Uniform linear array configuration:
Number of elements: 64
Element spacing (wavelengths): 0.75
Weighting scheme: uniform
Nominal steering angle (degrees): -30
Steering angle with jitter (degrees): -31.805
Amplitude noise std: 0.05
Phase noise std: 0.05

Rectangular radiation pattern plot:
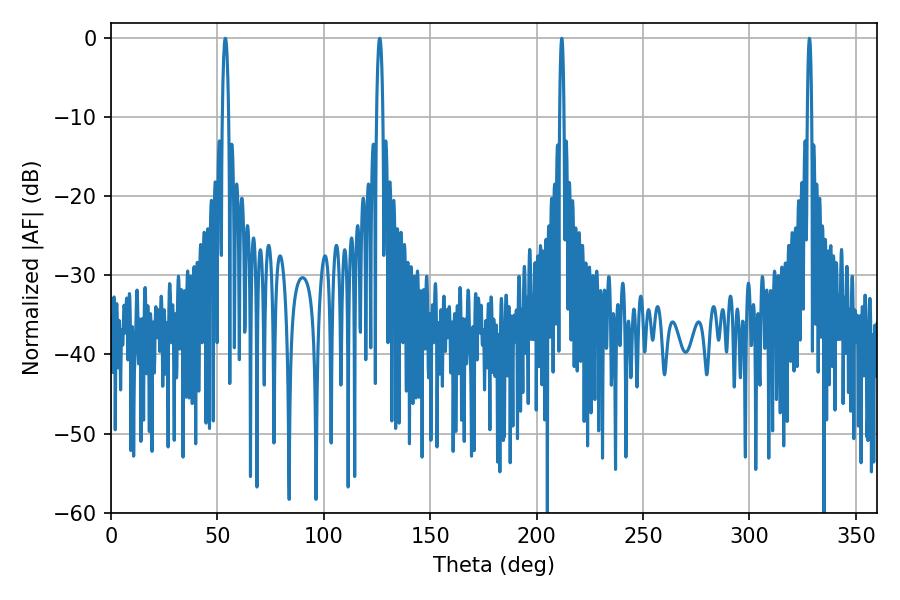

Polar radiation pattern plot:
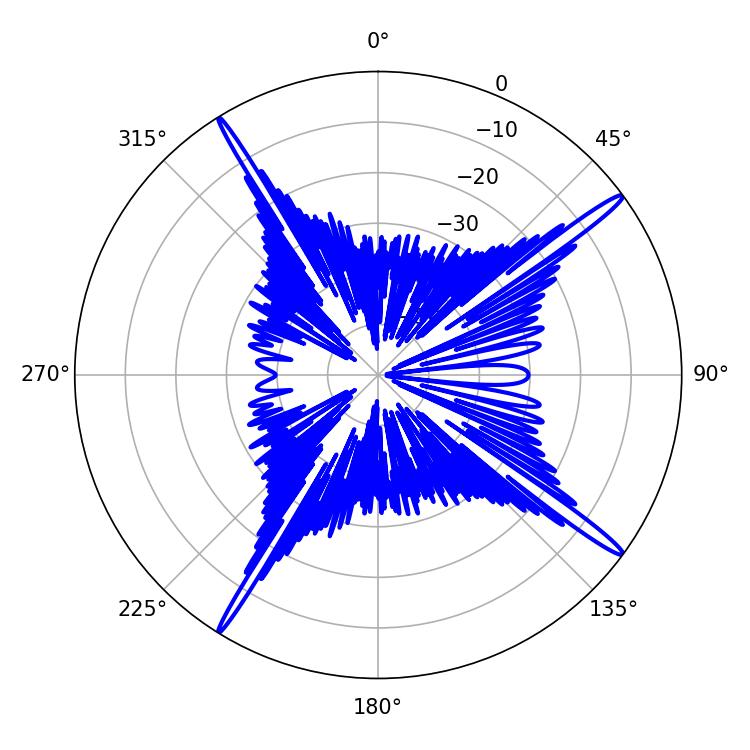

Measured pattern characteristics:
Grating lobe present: TRUE
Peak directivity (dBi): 18.091
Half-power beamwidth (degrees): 1.08
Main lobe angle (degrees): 211.86